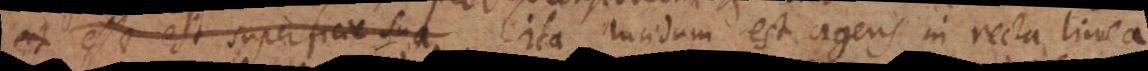
est esse est superficie sua Ita lucidum est agens in recta linea